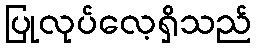
ပြုလုပ်လေ့ရှိသည်